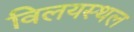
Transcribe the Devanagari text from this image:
विलयस्थल